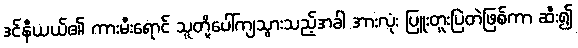
ဒင်နီယယ်၏ ကားမီးရောင် သူတို့ပေါ်ကျသွားသည့်အခါ အားလုံး ပြူးတူးပြဲတဲဖြစ်ကာ ဆီး၍